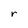
Character: r